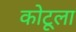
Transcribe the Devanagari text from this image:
कोटूला